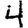
Digit: 4